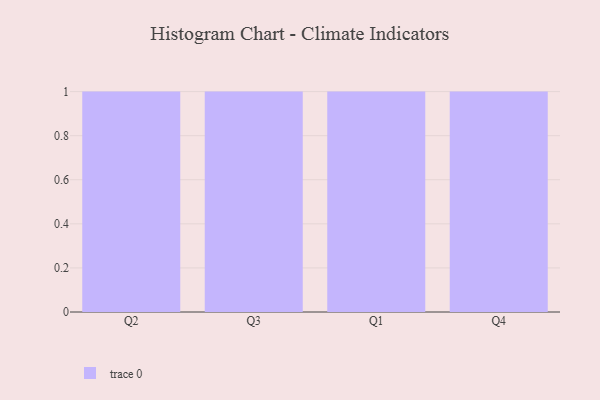
{"axis": {"x": "Quarter", "y": "Energy Usage (MWh)"}, "legend": [""], "data": [{"x": "Q2", "y": 41, "type": ""}, {"x": "Q3", "y": 65, "type": ""}, {"x": "Q1", "y": 65, "type": ""}, {"x": "Q4", "y": 5, "type": ""}]}